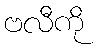
ဗလီကို